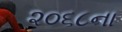
૨૦૬૮ના